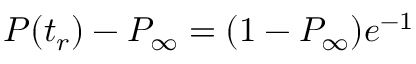
P ( t _ { r } ) - P _ { \infty } = ( 1 - P _ { \infty } ) e ^ { - 1 }